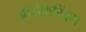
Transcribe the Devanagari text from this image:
ओरोफैरिंक्स